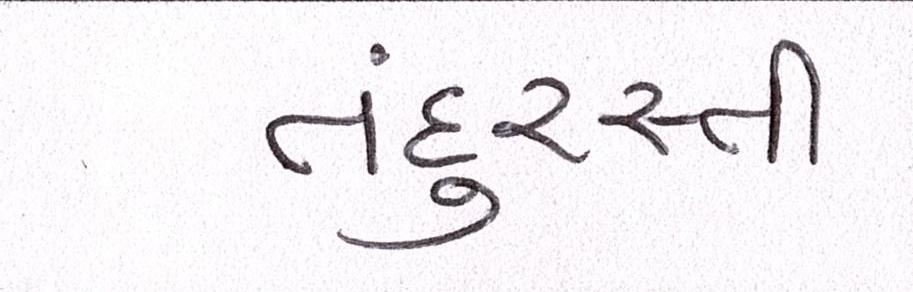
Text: તંદુરસ્તી